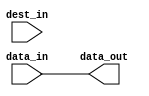
// $Id: c_align.v 5188 2012-08-30 00:31:31Z dub $

/*
 Copyright (c) 2007-2012, Trustees of The Leland Stanford Junior University
 All rights reserved.

 Redistribution and use in source and binary forms, with or without
 modification, are permitted provided that the following conditions are met:

 Redistributions of source code must retain the above copyright notice, this 
 list of conditions and the following disclaimer.
 Redistributions in binary form must reproduce the above copyright notice, this
 list of conditions and the following disclaimer in the documentation and/or
 other materials provided with the distribution.

 THIS SOFTWARE IS PROVIDED BY THE COPYRIGHT HOLDERS AND CONTRIBUTORS "AS IS" AND
 ANY EXPRESS OR IMPLIED WARRANTIES, INCLUDING, BUT NOT LIMITED TO, THE IMPLIED
 WARRANTIES OF MERCHANTABILITY AND FITNESS FOR A PARTICULAR PURPOSE ARE 
 DISCLAIMED. IN NO EVENT SHALL THE COPYRIGHT OWNER OR CONTRIBUTORS BE LIABLE FOR
 ANY DIRECT, INDIRECT, INCIDENTAL, SPECIAL, EXEMPLARY, OR CONSEQUENTIAL DAMAGES
 (INCLUDING, BUT NOT LIMITED TO, PROCUREMENT OF SUBSTITUTE GOODS OR SERVICES;
 LOSS OF USE, DATA, OR PROFITS; OR BUSINESS INTERRUPTION) HOWEVER CAUSED AND ON
 ANY THEORY OF LIABILITY, WHETHER IN CONTRACT, STRICT LIABILITY, OR TORT
 (INCLUDING NEGLIGENCE OR OTHERWISE) ARISING IN ANY WAY OUT OF THE USE OF THIS
 SOFTWARE, EVEN IF ADVISED OF THE POSSIBILITY OF SUCH DAMAGE.
*/

//==============================================================================
// align a vector inside another one
//==============================================================================

module c_align
  (data_in, dest_in, data_out);
   
   // width of input data
   parameter in_width = 32;
   
   // width of destination vector
   parameter out_width = 32;
   
   // offset at which to place input data within destination vector
   // (portions of the input data that end up to the left or right of the
   // destination vector will be trimmed)
   parameter offset = 0;
   
   // input vector
   input [0:in_width-1] data_in;
   
   // destination vector
   input [0:out_width-1] dest_in;
   
   // result
   output [0:out_width-1] data_out;
   wire [0:out_width-1]   data_out;
   
   genvar 		  i;
   
   generate
      
      for(i = 0; i < out_width; i = i + 1)
	begin:bits
	   
	   if((i < offset) || (i >= (offset + in_width)))
	     assign data_out[i] = dest_in[i];
	   else
	     assign data_out[i] = data_in[i - offset];
	   
	end
      
   endgenerate
   
endmodule